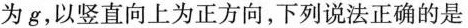
为g，以竖直向上为正方向，下列说法正确的是